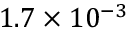
1 . 7 \times 1 0 ^ { - 3 }